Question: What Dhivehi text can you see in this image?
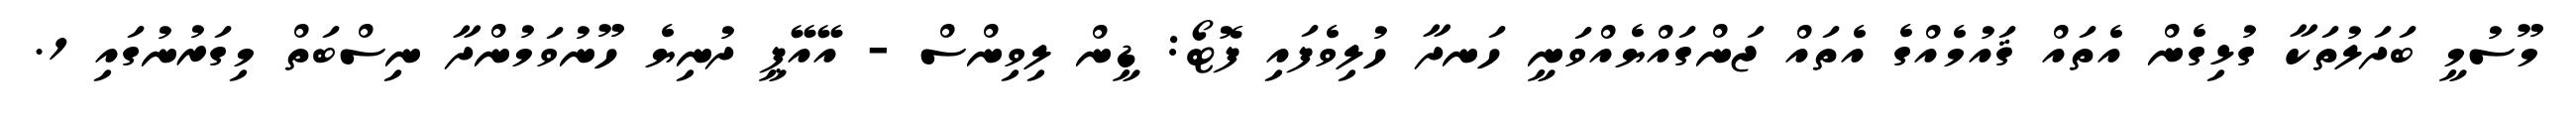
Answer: މޫސުމީ ބަދަލުތަކާ ގުޅިގެން އެތައް ޤައުމެއްގެ އެތައް ޖަންގައްޔެއްވަނީ ހަނދާ ހުލިވެފައި ފޮޓޯ: ޑީން ލިވިންސް - އޭއޭޕީ ދުނިޔެ ހޫނުވަމުންދާ ނިސްބަތް މިގަރުނުގައި 1.